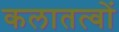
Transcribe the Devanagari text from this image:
कलातत्वों